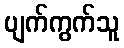
ပျက်ကွက်သူ